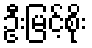
ဦးမြင့်စိုး